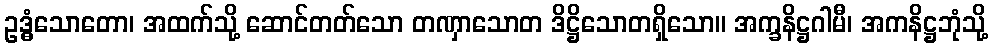
ဥဒ္ဓံသောတော၊ အထက်သို့ ဆောင်တတ်သော တဏှာသောတ ဒိဋ္ဌိသောတရှိသော။ အက္ခနိဋ္ဌဂါမီ၊ အကနိဋ္ဌဘုံသို့